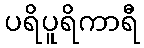
ပရိပူရိကာရီ